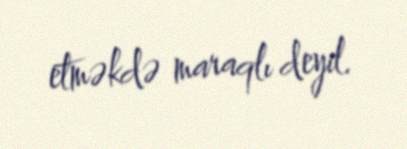
etməkdə maraqlı deyil.